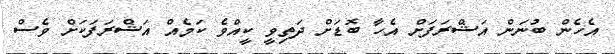
އެހެން ބުނަން އަޝްރަފަށް އެހާ ބޮޑަށް ދަތިވީ ކީއްވެ ކަމެއް އަޝްރަފަކަށް ވެސް